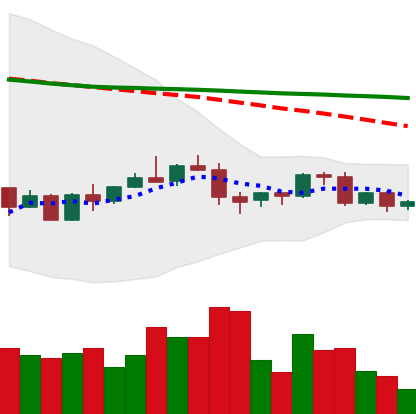
Ticker: BNB-USD
Chart end date: 2022-06-04
Forward return: -3.883%
Label: down_3_5